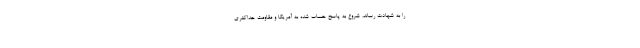
را به شهادت رساند، شروع به پاسخ حساب شده به آمریکا و مقاومت حداکثری